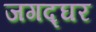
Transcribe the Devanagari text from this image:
जगद्घर